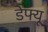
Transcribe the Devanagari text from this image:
डेफ्यू